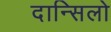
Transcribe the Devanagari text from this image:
दान्सिलो